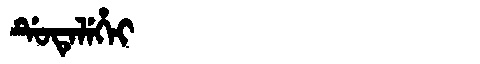
Manchu: ᡩᡠᡨᡝᠯᡝᡥᡝᡳ
Romanization: DUTELEHEI